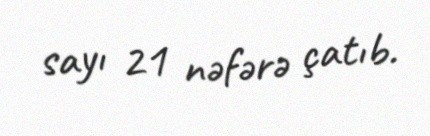
sayı 21 nəfərə çatıb.